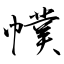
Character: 幞